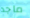
ماجد